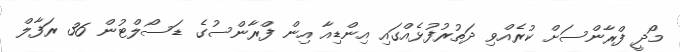
މޯދީ ފްރާންސަށް ކުރެއްވި ދަތުރުފުޅެއްގައި އިންޑިއާ އިން ފްރާންސުގެ ޑަސޯލްޓުން 36 ރަފާލް